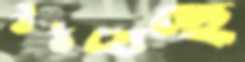
উঠতেছে